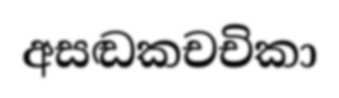
අසඬකචචිකා